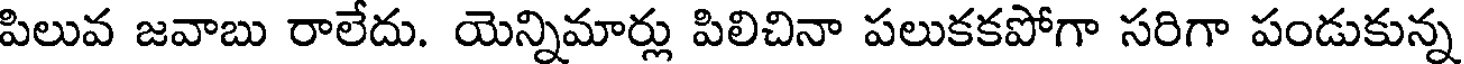
పిలువ జవాబు రాలేదు. యెన్నిమార్లు పిలిచినా పలుకకపోగా సరిగా పండుకున్న